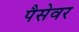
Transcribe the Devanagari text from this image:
पैसेवर